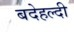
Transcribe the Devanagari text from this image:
बदेहल्दी